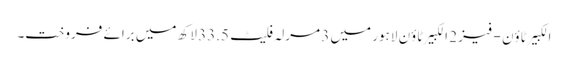
الکبیر ٹاؤن - فیز 2 الکبیر ٹاؤن لاہور میں 3 مرلہ فلیٹ 33.5 لاکھ میں برائے فروخت۔